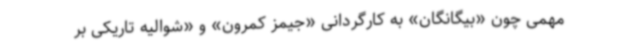
مهمی چون «بیگانگان» به کارگردانی «جیمز کمرون» و «شوالیه تاریکی بر